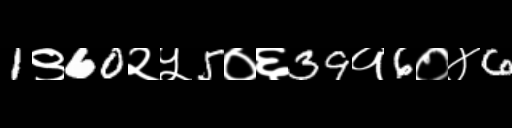
Text: 1९60२५5०६39१6०४6